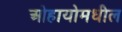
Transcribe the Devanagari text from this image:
ओहायोमधील